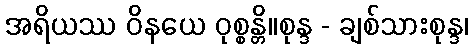
အရိယဿ ဝိနယေ ဝုစ္စန္တိ။စုန္ဒ - ချစ်သားစုန္ဒ၊